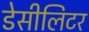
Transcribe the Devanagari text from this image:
डेसीलिटर